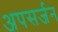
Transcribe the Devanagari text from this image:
अपसर्जन